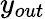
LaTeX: y_{out}